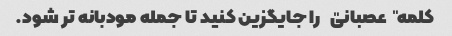
کلمه "عصبانی" را جایگزین کنید تا جمله مودبانه تر شود.